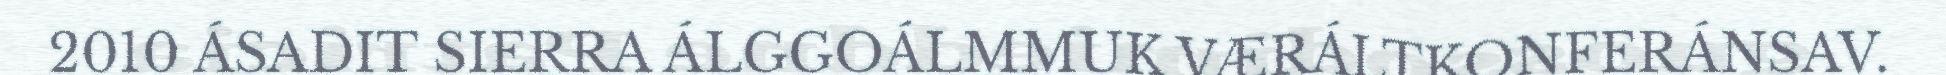
2010 ÁSADIT SIERRA ÁLGGOÁLMMUK VÆRÁLTKONFERÁNSAV.